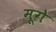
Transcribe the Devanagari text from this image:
मूगे